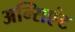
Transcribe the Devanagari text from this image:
अन्सिएंट